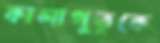
কালাপুতুকে